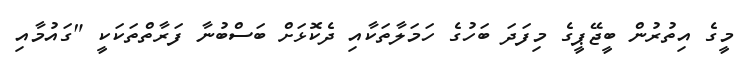
މީގެ އިތުރުން ބީޖޭޕީގެ މިފަދަ ބަހުގެ ހަމަލާތަކާއި ދެކޮޅަށް ބަސްބުނާ ފަރާތްތަކަކީ "ގައުމާއި